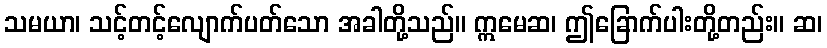
သမယာ၊ သင့်တင့်လျောက်ပတ်သော အခါတို့သည်။ ဣမေဆ၊ ဤခြောက်ပါးတို့တည်း။ ဆ၊